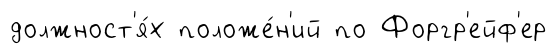
должност'я́х положе́н'ий по Форгр'ейф'ер